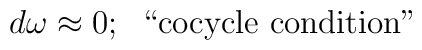
d \omega \approx 0; \;\; \hbox{``cocycle condition"}